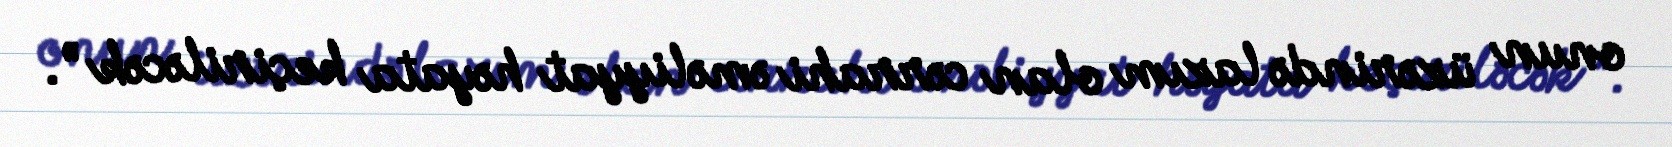
onun üzərində lazım olan cərrahi əməliyyat həyata keçiriləcək ”.